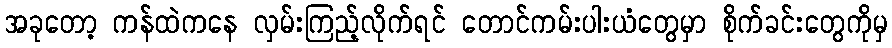
အခုတော့ ကန်ထဲကနေ လှမ်းကြည့်လိုက်ရင် တောင်ကမ်းပါးယံတွေမှာ စိုက်ခင်းတွေကိုမှ